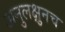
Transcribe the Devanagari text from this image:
अनुलक्षुनच